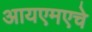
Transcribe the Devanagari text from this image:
आयएमएचे